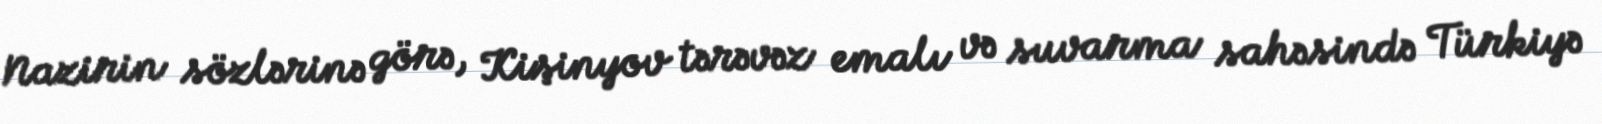
Nazirin sözlərinə görə, Kişinyov tərəvəz emalı və suvarma sahəsində Türkiyə